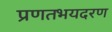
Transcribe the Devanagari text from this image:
प्रणतभयदरण